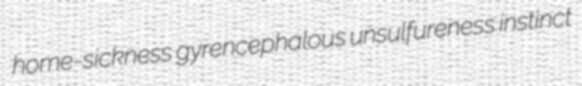
home-sickness gyrencephalous unsulfureness instinct